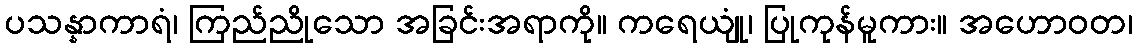
ပသန္နာကာရံ၊ ကြည်ညိုသော အခြင်းအရာကို။ ကရေယျုံ၊ ပြုကုန်မူကား။ အဟောဝတ၊